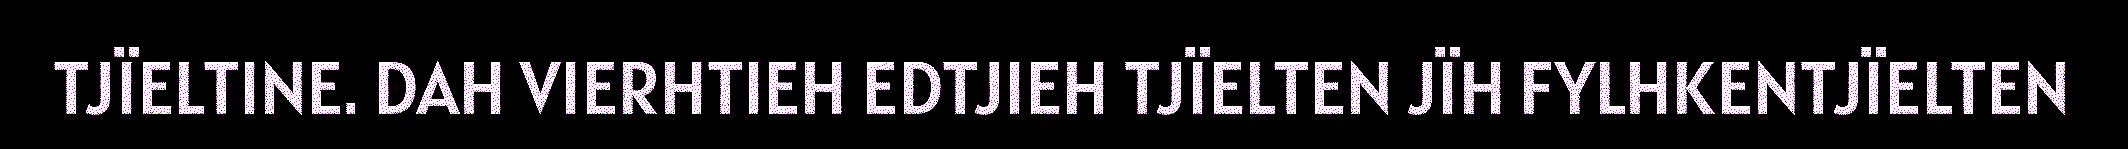
TJÏELTINE. DAH VIERHTIEH EDTJIEH TJÏELTEN JÏH FYLHKENTJÏELTEN